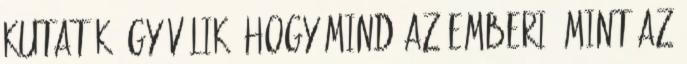
kutatók úgy vélik, hogy mind az emberi, mint az